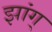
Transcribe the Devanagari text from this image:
झांग्